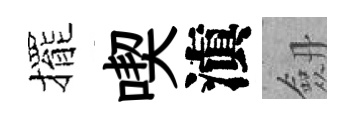
擺喫滇劔